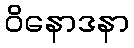
ဝိနောဒနာ